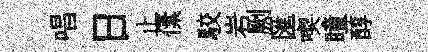
唱日止傃駮岩劂匯喫瞳醇